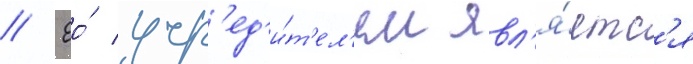
// Ео́ учр'ед'и́т'ел'ем явл'я́етс'я